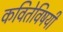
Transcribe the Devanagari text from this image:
कवितेविषयी